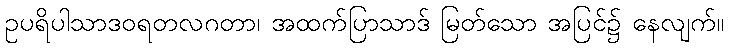
ဥပရိပါသာဒဝရတလဂတာ၊ အထက်ပြာသာဒ် မြတ်သော အပြင်၌ နေလျက်။